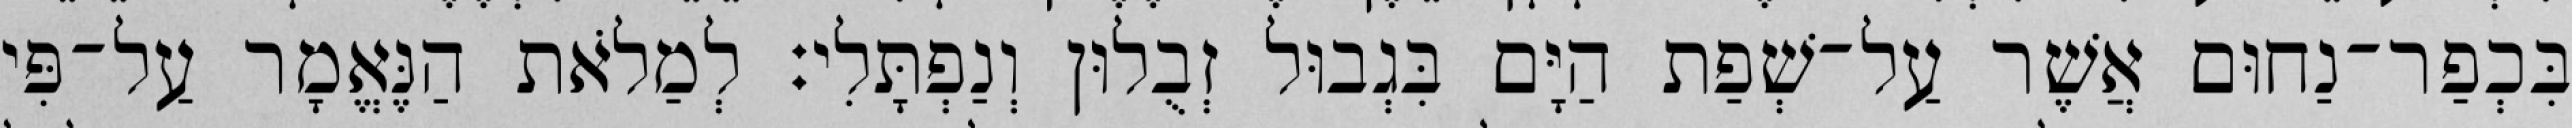
בִּכְפַר־נַחוּם אֲשֶׁר עַל־שְׁפַת הַיָּם בִּגְבוּל זְבֻלוּן וְנַפְתָּלִי׃ לְמַלֹאת הַנֶּאֱמָר עַל־פִּי